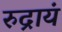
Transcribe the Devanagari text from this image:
रुद्रायं